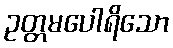
ဥတ္တမပေါရိသော